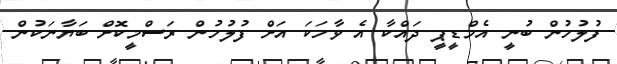
ފުލުހުން ބުނީ އެމްޑީޕީ ދައްކާ އެ ވާހަކަ އަށް ފުލުހުން ރަސްމީކޮށް ބަޔާނަކުން